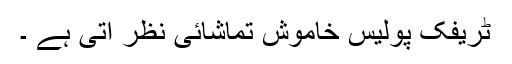
ٹریفک پولیس خاموش تماشائی نظر آتی ہے ۔